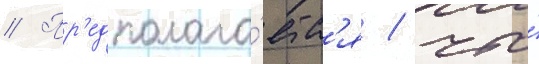
// Пр'едполага́етс'я / что́